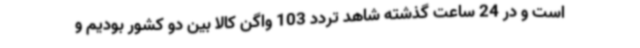
است و در 24 ساعت گذشته شاهد تردد 103 واگن کالا بین دو کشور بودیم و